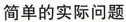
简单的实际问题